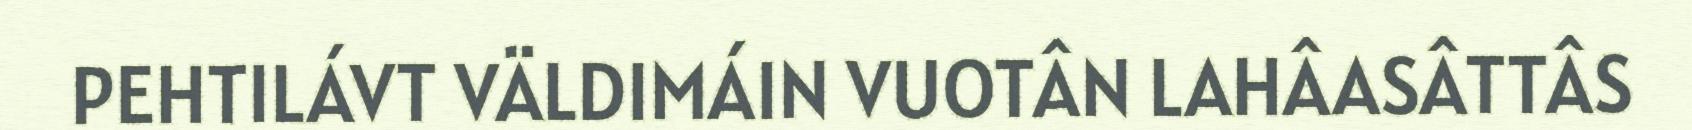
PEHTILÁVT VÄLDIMÁIN VUOTÂN LAHÂASÂTTÂS